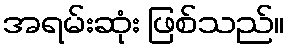
အရမ်းဆုံး ဖြစ်သည်။